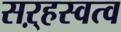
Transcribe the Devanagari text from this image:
सऱ्हस्वत्व